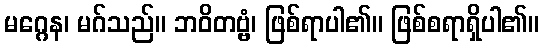
မဂ္ဂေန၊ မဂ်သည်။ ဘဝိတဗ္ဗံ၊ ဖြစ်ရာပါ၏။ ဖြစ်စရာရှိပါ၏။